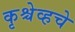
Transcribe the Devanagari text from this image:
कृश्चेव्हचे